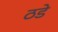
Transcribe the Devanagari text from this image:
ठडे